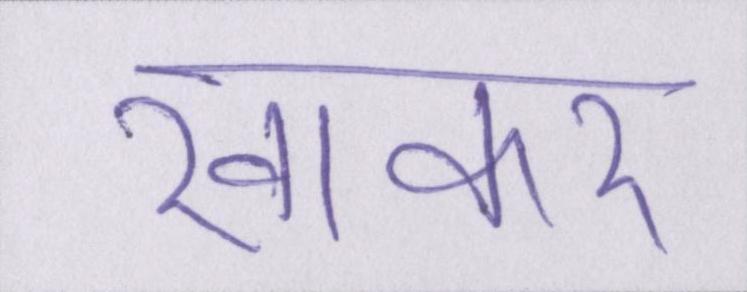
खाकर